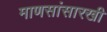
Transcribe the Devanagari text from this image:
माणसांसारखी